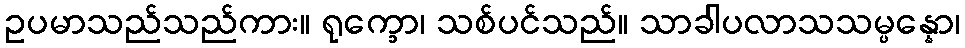
ဥပမာသည်သည်ကား။ ရုက္ခော၊ သစ်ပင်သည်။ သာခါပလာသသမ္ပန္နော၊